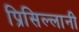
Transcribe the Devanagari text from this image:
प्रिसिल्लानी